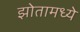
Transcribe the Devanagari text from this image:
झोतामध्ये